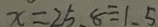
x = 2 5 、 8 \div 1 . 5